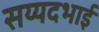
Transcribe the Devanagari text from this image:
सय्यदभाई